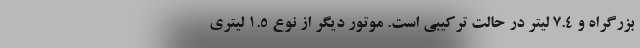
بزرگراه و 7.4 لیتر در حالت ترکیبی است. موتور دیگر از نوع 1.5 لیتری